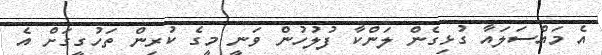
އެ މައްސަލައާ ގުޅިގެން ލަންކާ ފުލުހުން ވަނީ މީގެ ކުރިން ތަހުގީގަށް އެ